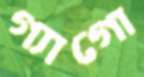
গ্যাগো